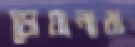
ডোয়ানারা